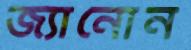
জ্যানোন